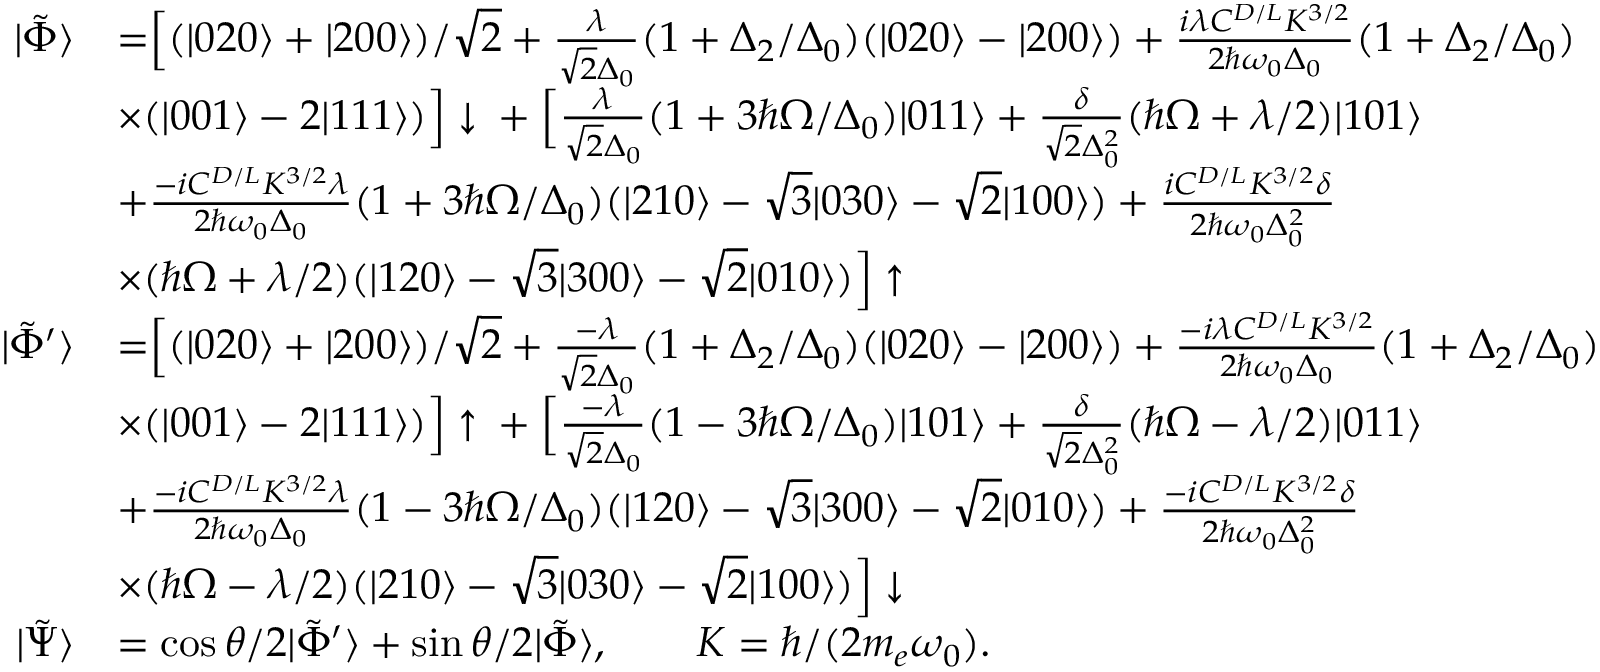
\begin{array} { r l } { | \tilde { \Phi } \rangle } & { = \Bigr [ ( | 0 2 0 \rangle + | 2 0 0 \rangle ) / \sqrt { 2 } + \frac { \lambda } { \sqrt { 2 } \Delta _ { 0 } } ( 1 + \Delta _ { 2 } / \Delta _ { 0 } ) ( | 0 2 0 \rangle - | 2 0 0 \rangle ) + \frac { i \lambda C ^ { D / L } K ^ { 3 / 2 } } { 2 \hbar \omega _ { 0 } \Delta _ { 0 } } ( 1 + \Delta _ { 2 } / \Delta _ { 0 } ) } \\ & { \times ( | 0 0 1 \rangle - 2 | 1 1 1 \rangle ) \Bigr ] \downarrow \: + \: \Bigr [ \frac { \lambda } { \sqrt { 2 } \Delta _ { 0 } } ( 1 + 3 \hbar \Omega / \Delta _ { 0 } ) | 0 1 1 \rangle + \frac { \delta } { \sqrt { 2 } \Delta _ { 0 } ^ { 2 } } ( \hbar \Omega + \lambda / 2 ) | 1 0 1 \rangle } \\ & { + \frac { - i C ^ { D / L } K ^ { 3 / 2 } \lambda } { 2 \hbar \omega _ { 0 } \Delta _ { 0 } } ( 1 + 3 \hbar \Omega / \Delta _ { 0 } ) ( | 2 1 0 \rangle - \sqrt { 3 } | 0 3 0 \rangle - \sqrt { 2 } | 1 0 0 \rangle ) + \frac { i C ^ { D / L } K ^ { 3 / 2 } \delta } { 2 \hbar \omega _ { 0 } \Delta _ { 0 } ^ { 2 } } } \\ & { \times ( \hbar \Omega + \lambda / 2 ) ( | 1 2 0 \rangle - \sqrt { 3 } | 3 0 0 \rangle - \sqrt { 2 } | 0 1 0 \rangle ) \Bigr ] \uparrow } \\ { | \tilde { \Phi } ^ { \prime } \rangle } & { = \Bigr [ ( | 0 2 0 \rangle + | 2 0 0 \rangle ) / \sqrt { 2 } + \frac { - \lambda } { \sqrt { 2 } \Delta _ { 0 } } ( 1 + \Delta _ { 2 } / \Delta _ { 0 } ) ( | 0 2 0 \rangle - | 2 0 0 \rangle ) + \frac { - i \lambda C ^ { D / L } K ^ { 3 / 2 } } { 2 \hbar \omega _ { 0 } \Delta _ { 0 } } ( 1 + \Delta _ { 2 } / \Delta _ { 0 } ) } \\ & { \times ( | 0 0 1 \rangle - 2 | 1 1 1 \rangle ) \Bigr ] \uparrow \: + \: \Bigr [ \frac { - \lambda } { \sqrt { 2 } \Delta _ { 0 } } ( 1 - 3 \hbar \Omega / \Delta _ { 0 } ) | 1 0 1 \rangle + \frac { \delta } { \sqrt { 2 } \Delta _ { 0 } ^ { 2 } } ( \hbar \Omega - \lambda / 2 ) | 0 1 1 \rangle } \\ & { + \frac { - i C ^ { D / L } K ^ { 3 / 2 } \lambda } { 2 \hbar \omega _ { 0 } \Delta _ { 0 } } ( 1 - 3 \hbar \Omega / \Delta _ { 0 } ) ( | 1 2 0 \rangle - \sqrt { 3 } | 3 0 0 \rangle - \sqrt { 2 } | 0 1 0 \rangle ) + \frac { - i C ^ { D / L } K ^ { 3 / 2 } \delta } { 2 \hbar \omega _ { 0 } \Delta _ { 0 } ^ { 2 } } } \\ & { \times ( \hbar \Omega - \lambda / 2 ) ( | 2 1 0 \rangle - \sqrt { 3 } | 0 3 0 \rangle - \sqrt { 2 } | 1 0 0 \rangle ) \Bigr ] \downarrow } \\ { | \tilde { \Psi } \rangle } & { = \cos { \theta / 2 } | \tilde { \Phi } ^ { \prime } \rangle + \sin { \theta / 2 } | \tilde { \Phi } \rangle , \qquad K = \hbar / ( 2 m _ { e } \omega _ { 0 } ) . } \end{array}